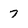
Character: 7